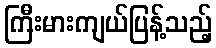
ကြီးမားကျယ်ပြန့်သည့်